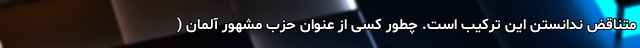
متناقض ندانستن این ترکیب است. چطور کسی از عنوان حزب مشهور آلمان (